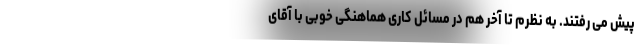
پیش می رفتند. به نظرم تا آخر هم در مسائل کاری هماهنگی خوبی با آقای